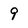
Character: 9